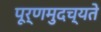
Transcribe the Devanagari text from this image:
पूर्णमुदच्यते